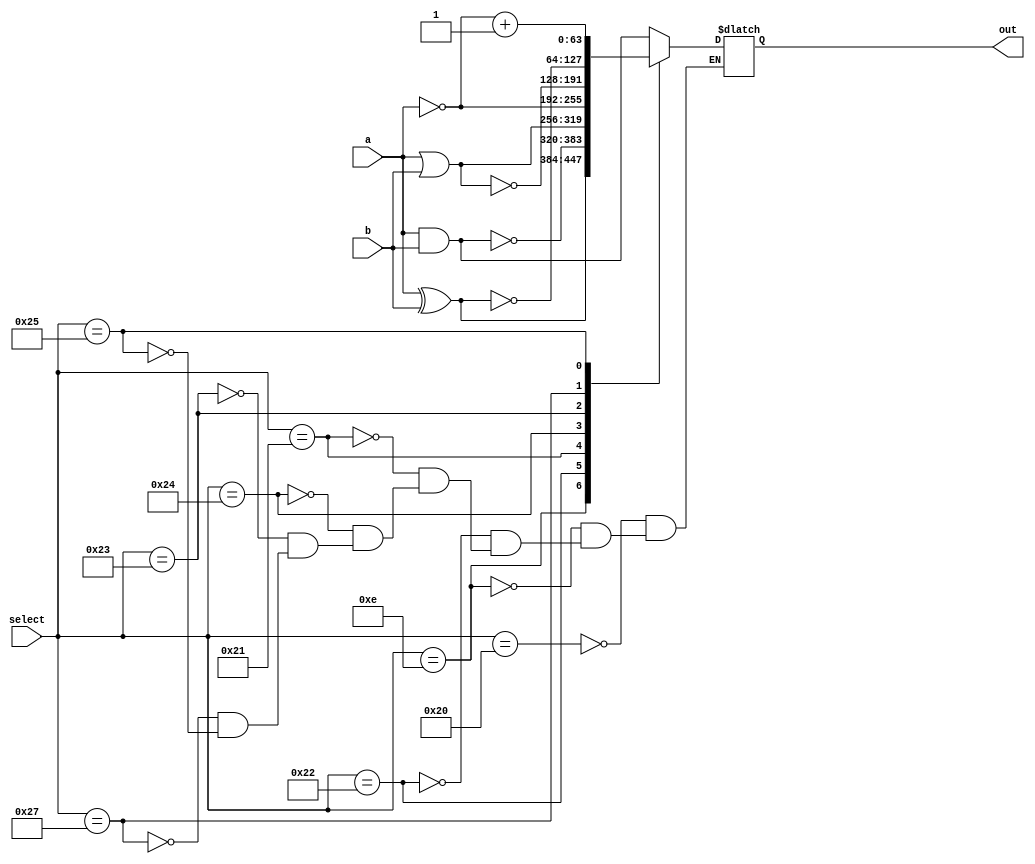
module logicUnit(a,b,select,out);
input [63:0] a,b;
input [5:0]select;
output reg[63:0] out;

parameter[5:0] AND =100000,OR =100001,XOR =100110,NAND=6'b100010,NOR =6'b100011,XNOR=6'b100111,NOT =6'b100100,TCM =6'b100101;
always@(a,b,select)
    begin
        case(select)
            AND: 
            begin
                out=a&b;
            end
            XOR:
            begin
                out=a^b;
            end
            NAND:
            begin
                out=~(a&b);
            end
            OR:
            begin
                out=a|b;
            end
            NOT:
            begin
                out=~a;
            end
            NOR:
            begin
                out=~(a|b);
            end
            XNOR:
            begin
                out=~(a^b);
            end
            TCM:
            begin
                out=(~a)+1;
            end//add default case
        endcase
    end
endmodule

/*
module tb_alu;
input clk;  
reg[63:0] a,b;
reg[5:0] select;
wire[63:0] out;

logicUnit test(a,b,select,out);
    initial begin
        #0 a=64'd1232;  b=64'd89454;  select=6'b001010;
        #1 a=64'd1232;  b=64'd89454;  select=6'b001011;
        #2 a=64'd1232;  b=64'd89454;  select=6'b001100;
        #3 a=64'd1232;  b=64'd89454;  select=6'b001101;
        #4 a=64'd1232;  b=64'd89454;  select=6'b001110;
        #5 a=64'd1232;  b=64'd89454;  select=6'b001111;    
        #6 a=64'd1232;  b=64'd89454;  select=6'b010000;
        #7 a=64'd1232;  b=64'd89454;  select=6'b010001;
    end
    initial begin
        $monitor("a=%d b=%d out=%d",a,b,out);
    end
endmodule
*/